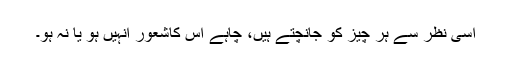
اُسی نظر سے ہر چیز کو جانچتے ہیں، چاہے اس کاشعور انہیں ہو یا نہ ہو۔